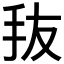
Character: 𰓃